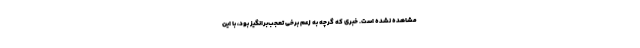
مشاهده نشده است. خبری که گرچه به زعم برخی تعجب‌برانگیز بود، با این